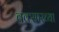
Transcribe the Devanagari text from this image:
बक्सारच्या